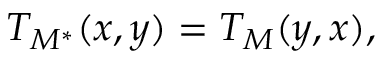
T _ { M ^ { * } } ( x , y ) = T _ { M } ( y , x ) ,